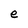
Character: e